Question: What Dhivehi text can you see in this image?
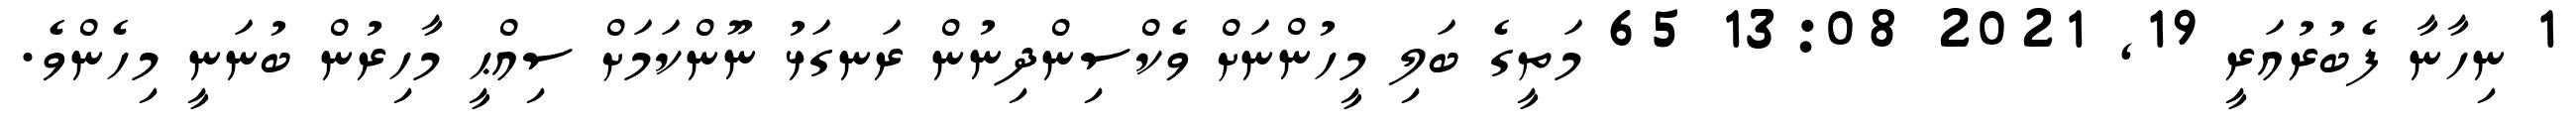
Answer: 1 ނިހާނާ ފެބުރުއަރީ 19, 2021 13:08 65 މަތީގެ ބަލި މީހުންނަށް ވެކްސިންދިނުން ރަނގަޅު ނޫންކަމަށް ސިއްޙީ މާހިރުން ބުނަނީ މިހެންވެ.